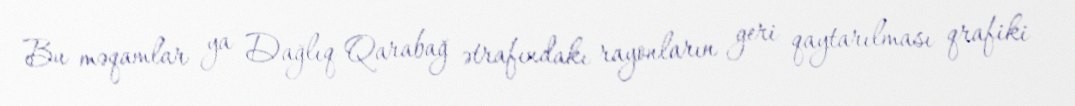
Bu məqamlar ya Dağlıq Qarabağ ətrafındakı rayonların geri qaytarılması qrafiki